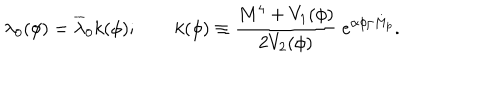
\lambda _ { 0 } ( \phi ) = \overline { { { \lambda } } } _ { 0 } k ( \phi ) ; \qquad k ( \phi ) \equiv \frac { M ^ { 4 } + V _ { 1 } ( \phi ) } { 2 V _ { 2 } ( \phi ) } \ e ^ { \alpha \phi / M _ { p } } .